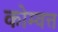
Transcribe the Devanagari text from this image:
कोम्वत्त